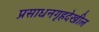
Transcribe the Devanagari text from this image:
प्रसाधनगृहदेखील